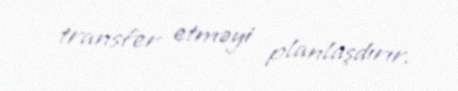
transfer etməyi planlaşdırır.